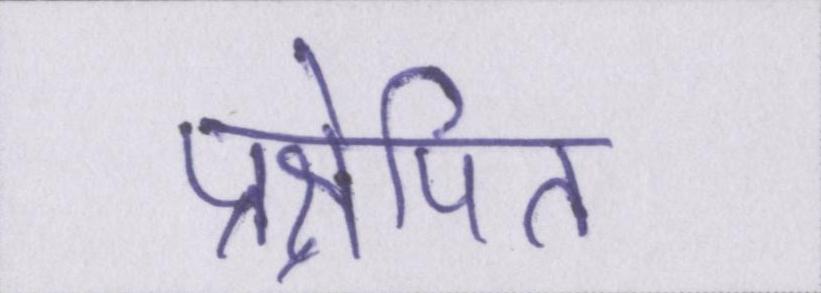
प्रक्षेपित